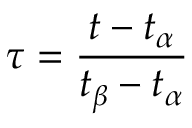
\tau = \frac { t - t _ { \alpha } } { t _ { \beta } - t _ { \alpha } }